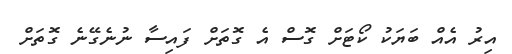
އިރު އެއް ބަޔަކު ކޯޓަށް ގޮސް އެ ގޮތަށް ފައިސާ ނުނެގޭނެ ގޮތަށް